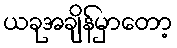
ယခုအချိန်မှာတော့